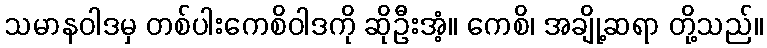
သမာနဝါဒမှ တစ်ပါးကေစိဝါဒကို ဆိုဦးအံ့။ ကေစိ၊ အချို့ဆရာ တို့သည်။